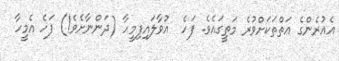
އެއުރެންގެ އަތްތަކަށްވުރެ މަތީގައެވެ. ފަހެ  އުވާލައިފިމީހާ (ދަންނާށެވެ!) ފަހެ އެމީހާ